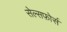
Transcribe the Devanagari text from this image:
सेल्सफ़ोर्स